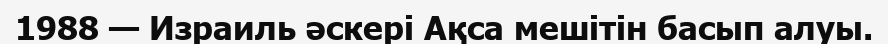
1988 — Израиль әскері Ақса мешітін басып алуы.